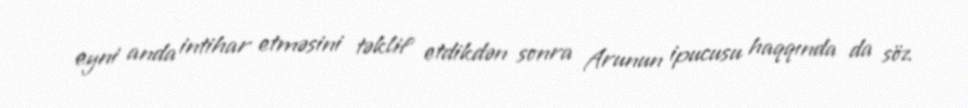
eyni anda intihar etməsini təklif etdikdən sonra Arunun ipucusu haqqında da söz